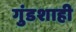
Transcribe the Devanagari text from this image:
गुंडशाही